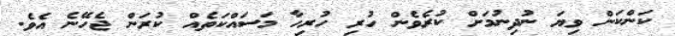
ކަންކަން ވިޔަ ނުދިނުމަށް ކުރެވެން ހުރި ހުރިހާ މަސައްކަތެއް ކުރަން ޖެހޭނެ އެވެ.